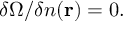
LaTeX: \delta \Omega / \delta n ( \mathbf { r } ) = 0 .